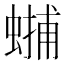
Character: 𧏳